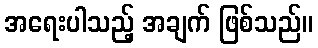
အရေးပါသည့် အချက် ဖြစ်သည်။